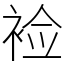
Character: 裣